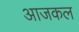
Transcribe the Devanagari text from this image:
अाजकल